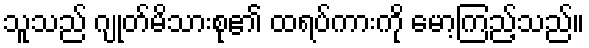
သူသည် ဂျုတ်မိသားစု၏ ထရပ်ကားကို မော့ကြည့်သည်။